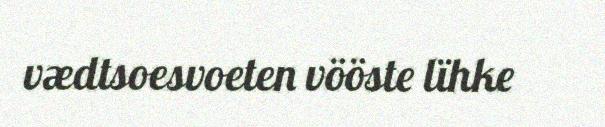
vædtsoesvoeten vööste lïhke